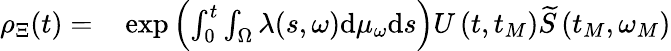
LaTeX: \begin{array}{rl}{{\rho}_{\Xi}(t)=}&{{}\exp\left(\int_{0}^{t}\int_{\Omega}\lambda(s,\omega)\mathrm{d}\mu_{\omega}\mathrm{d}s\right)U\left(t,t_{M}\right)\widetilde{S}\left(t_{M},\omega_{M}\right)}\end{array}